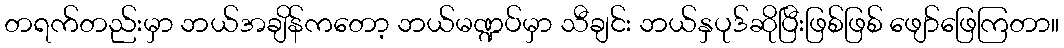
တရက်တည်းမှာ ဘယ်အချိန်ကတော့ ဘယ်မဏ္ဍပ်မှာ သီချင်း ဘယ်နှပုဒ်ဆိုပြီးဖြစ်ဖြစ် ဖျော်ဖြေကြတာ။